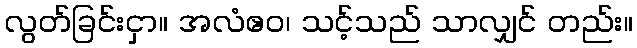
လွတ်ခြင်းငှာ။ အလံဧဝ၊ သင့်သည် သာလျှင် တည်း။